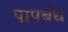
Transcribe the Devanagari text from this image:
पापबंध